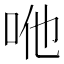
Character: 咃